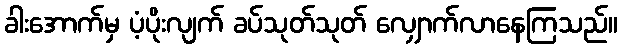
ခါးအောက်မှ ပံ့ပိုးလျက် ခပ်သုတ်သုတ် လျှောက်လာနေကြသည်။